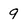
Character: 9